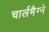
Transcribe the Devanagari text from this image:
चार्लमैग्ने